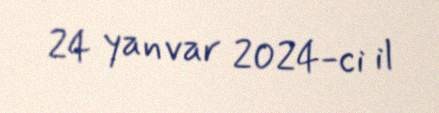
24 yanvar 2024-ci il